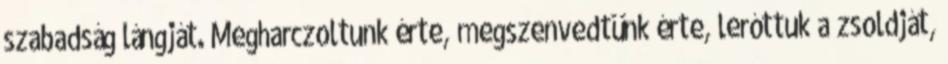
szabadság lángját. Megharczoltunk érte, megszenvedtünk érte, leróttuk a zsoldját,